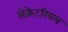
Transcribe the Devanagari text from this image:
सेक्रेटरियल